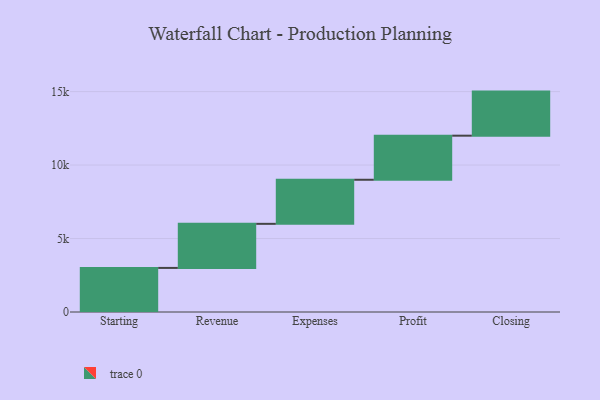
{"axis": {"x": "Step", "y": "Value"}, "legend": [""], "data": [{"x": "Starting", "y": 3000, "type": ""}, {"x": "Revenue", "y": 3000, "type": ""}, {"x": "Expenses", "y": 3000, "type": ""}, {"x": "Profit", "y": 3000, "type": ""}, {"x": "Closing", "y": 3000, "type": ""}]}